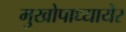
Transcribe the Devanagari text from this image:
मुखोपाध्यायेर